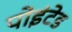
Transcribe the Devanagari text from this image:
पोइंटेड